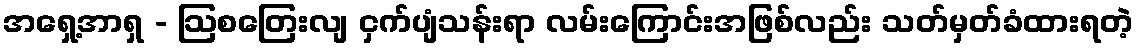
အရှေ့အာရှ - ဩစတြေးလျ ငှက်ပျံသန်းရာ လမ်းကြောင်းအဖြစ်လည်း သတ်မှတ်ခံထားရတဲ့